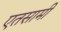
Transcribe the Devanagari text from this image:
एतसामी